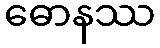
ဓောနဿ